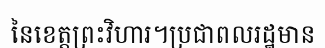
នៃខេត្តព្រះវិហារ។ប្រជាពលរដ្ឋមាន